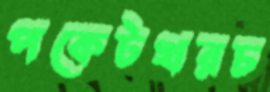
পকেটখরচ